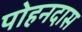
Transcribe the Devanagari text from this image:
पोहनदास